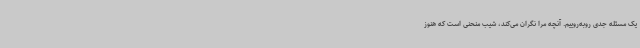
یک مسئله جدی روبه‌روییم. آنچه مرا نگران می‌کند، شیب منحنی است که هنوز